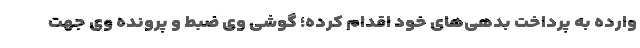
وارده به پرداخت بدهی‌های خود اقدام کرده؛ گوشی وی ضبط و پرونده وی جهت